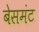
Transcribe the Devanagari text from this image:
बेसमंट